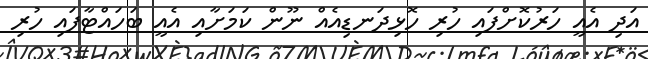
އަދި އެއީ ހަރުކޮށްފައި ހުރި ހޮޅިދަނޑިއެއް ނޫން ކަމަށާއި އެއީ ބަހައްޓާފައި ހުރި